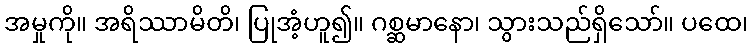
အမှုကို။ အရိဿာမိတိ၊ ပြုအံ့ဟူ၍။ ဂစ္ဆမာနော၊ သွားသည်ရှိသော်။ ပထေ၊